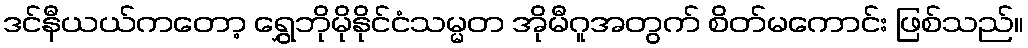
ဒင်နီယယ်ကတော့ ရွှေဘိုမိုနိုင်ငံသမ္မတ အိုမီဂူအတွက် စိတ်မကောင်း ဖြစ်သည်။